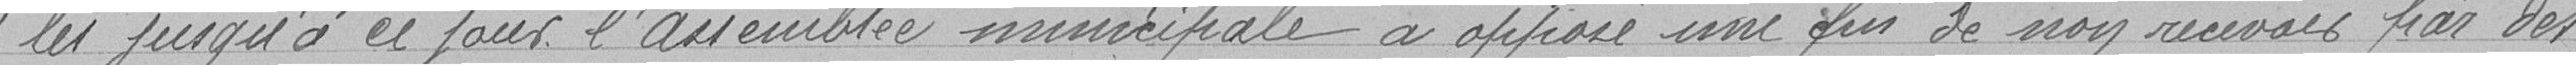
les jusqu'à ce jour l'assemblée municipale a opposé une fin de non recevoir par des